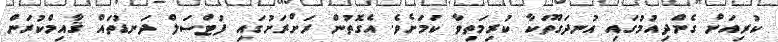
ކުރިއަށް ގެންދިއުމުގައި އުނދަގޫތަކާ ކުރިމަތިވާ ކަމަށެވެ. އެގޮތުން ރަށްރަށުގައި ފުޓްސަލް ދަނޑުތައް ޤާއިމްކުރަން